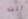
أنت